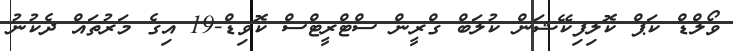
ވޯލްޑް ކަޕް ކޮލިފިކޭޝަން ކުލަބް ގްރީން ސްޓްރީޓްސް ކޮވިޑް-19 އިގެ މަރުތައް ދެކުނު